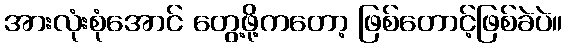
အားလုံးစုံအောင် တွေ့ဖို့ကတော့ ဖြစ်တောင့်ဖြစ်ခဲပဲ။